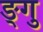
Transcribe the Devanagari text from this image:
ङ्गु